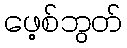
ဖေ့စ်ဘွတ်